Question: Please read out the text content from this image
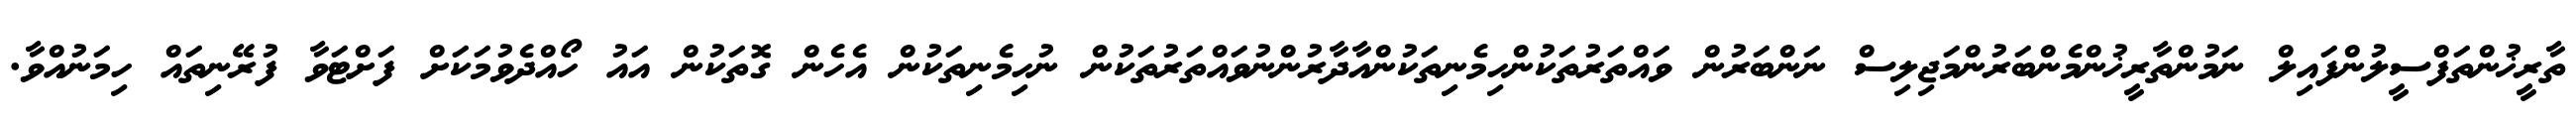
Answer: ތާރީޚުންތަފްސީލުންފައިލް ނަމުންތާރީޚުންމެންބަރުންމަޖިލިސް ނަންބަރުން ވައްތަރުތަކުންހިމެނިތަކުންއާދާރުންނުވައްތަރުތަކުން ނުހިމެނިތަކުން އެހެން ގޮތަކުން އައު ހޯއްދެވުމަކަށް ފަށްޓަވާ ފުރޭނިތައް ހިމަނުއްވާ.